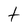
Character: t